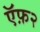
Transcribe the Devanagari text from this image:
ऍफ़२